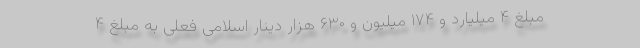
مبلغ ۴ میلیارد و ۱۷۴ میلیون و ۶۳۰ هزار دینار اسلامی فعلی به مبلغ ۴